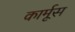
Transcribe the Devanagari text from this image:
कार्मूस